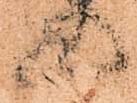
の